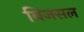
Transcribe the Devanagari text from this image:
बिजसल